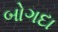
બોગદા